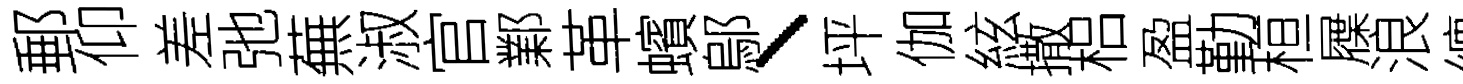
郵仰差弛蕪淑官鄴革蠙鄔、坪伽絃撒梠盈勤桓屧浪缠